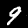
Digit: 9